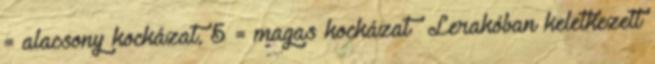
= alacsony kockázat, 5 = magas kockázat Lerakóban keletkezett